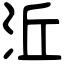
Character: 㳋